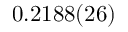
0 . 2 1 8 8 ( 2 6 )